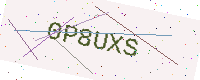
Text: 0P8UXS